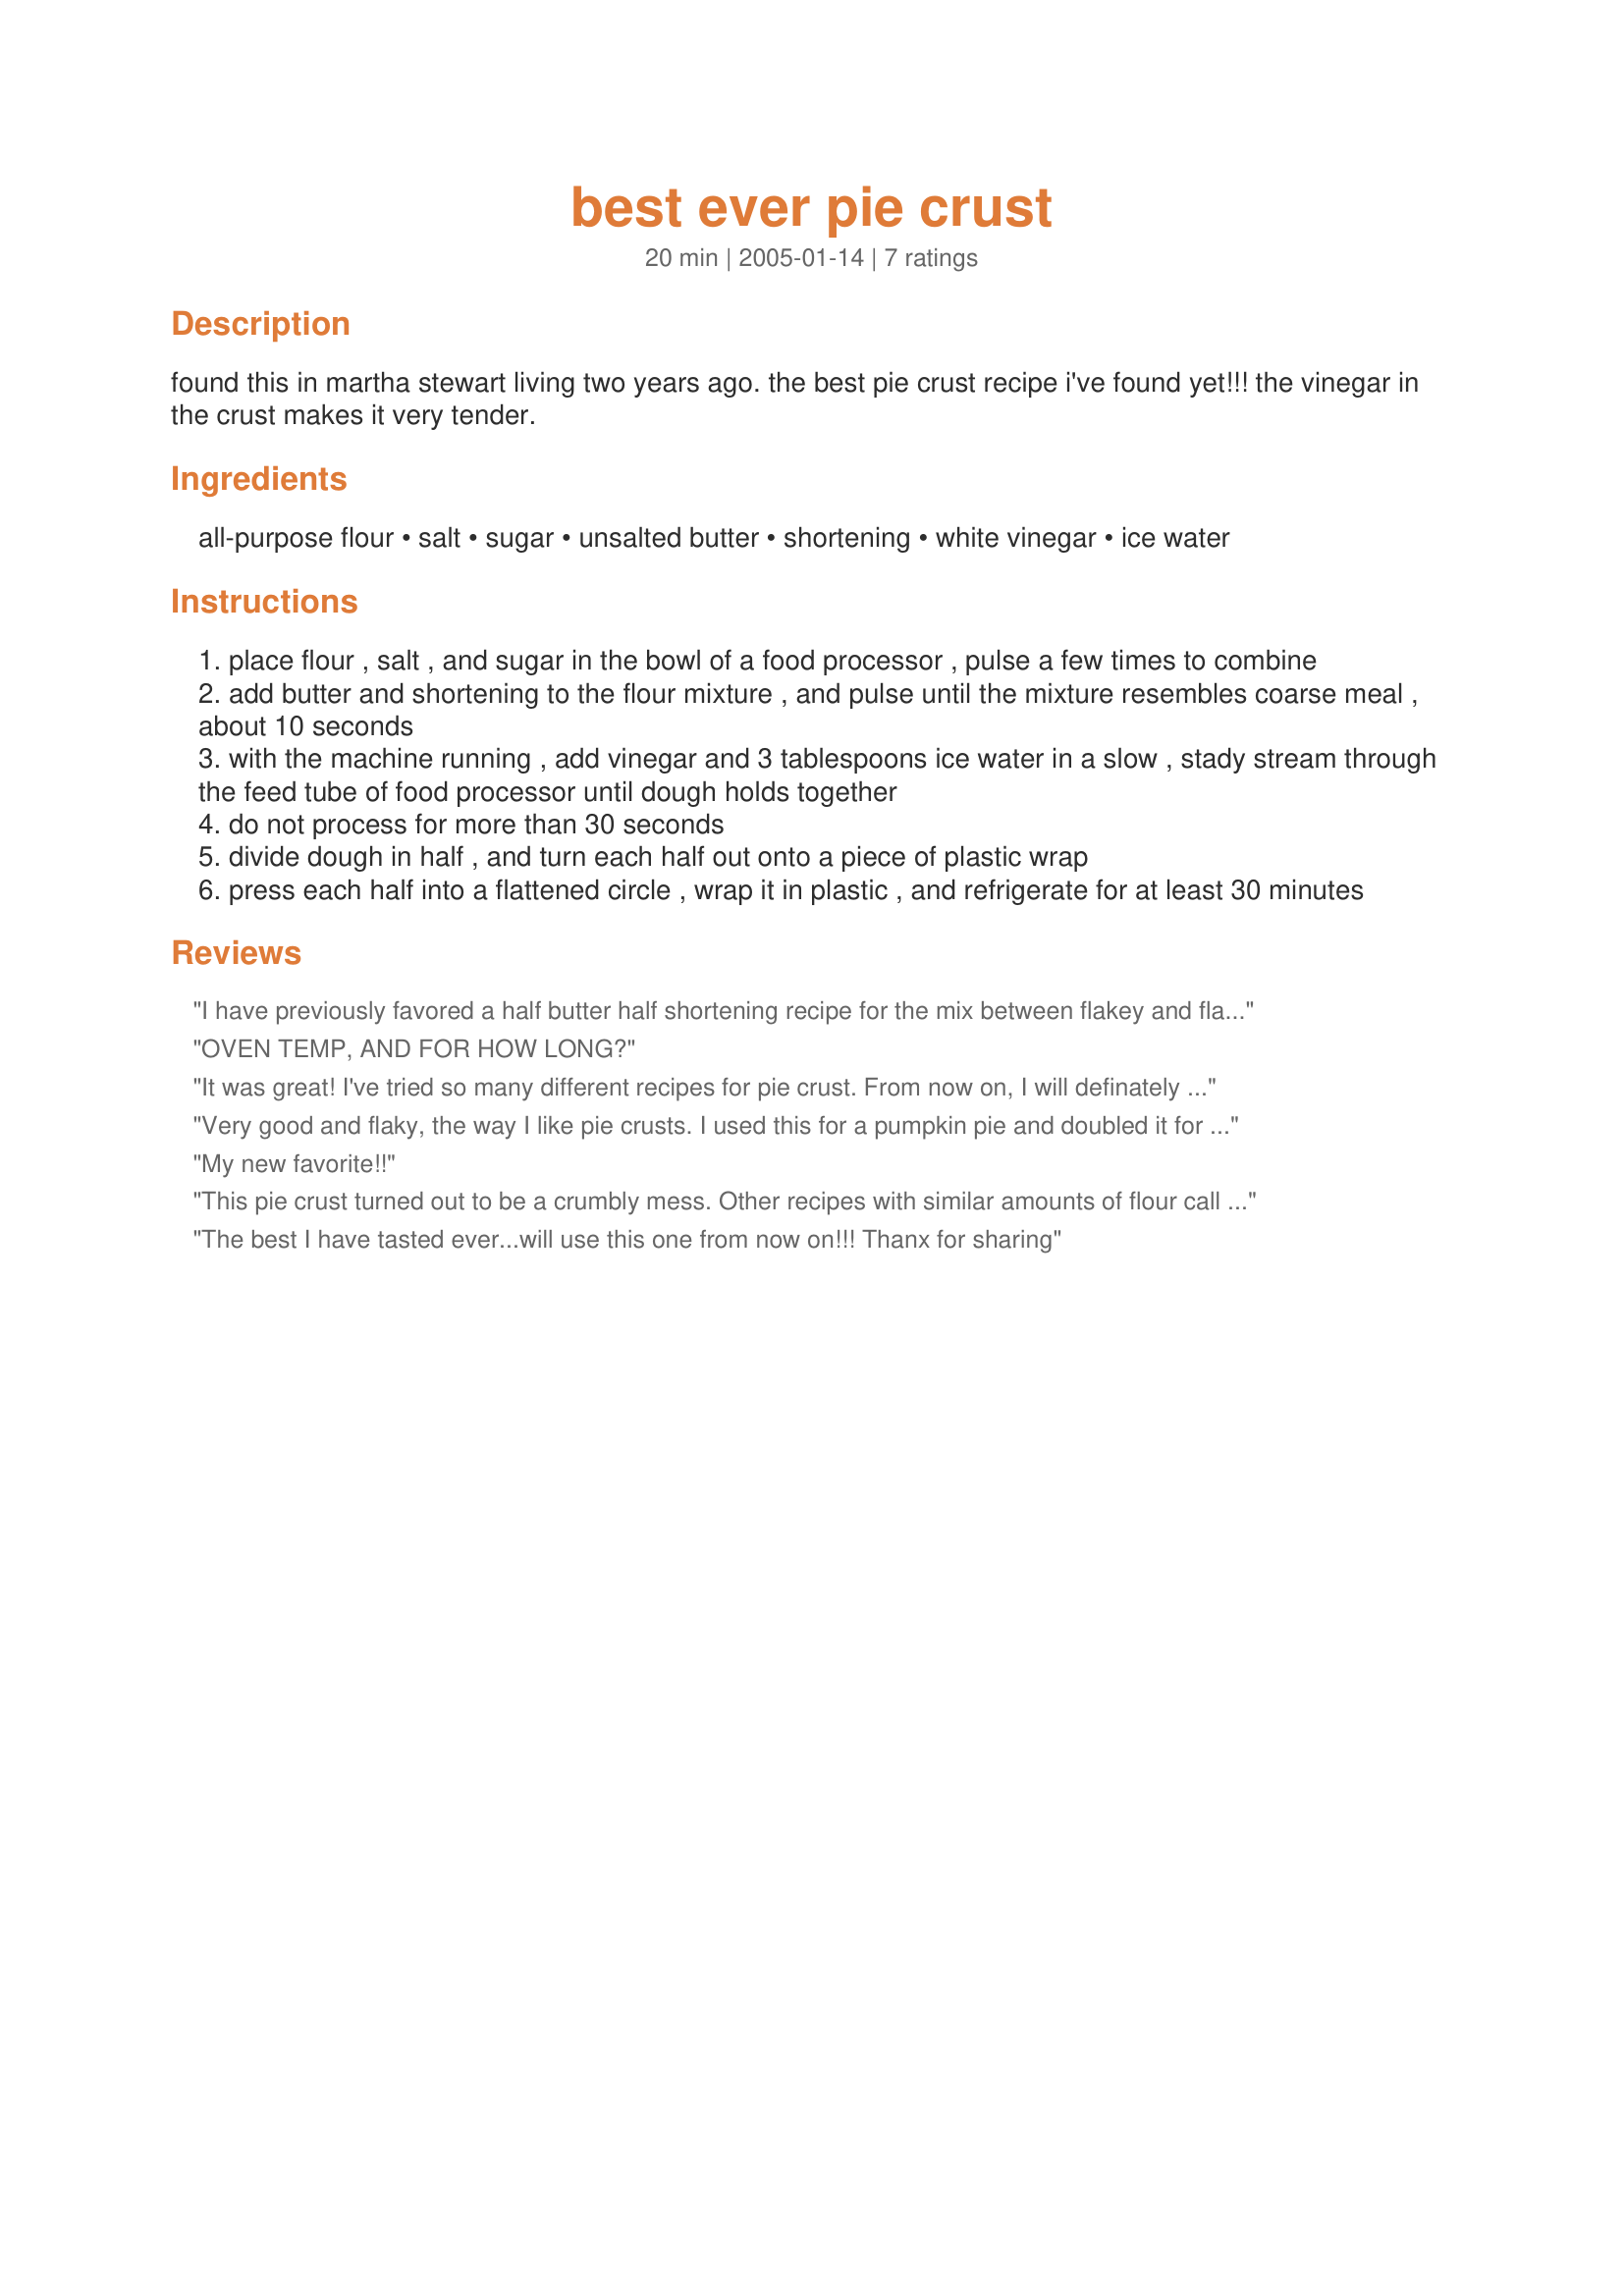
best ever pie crust
Preparation time: 20 minutes

found this in martha stewart living two years ago. the best pie crust recipe i've found yet!!! the vinegar in the crust makes it very tender.

Ingredients:
all-purpose flour, salt, sugar, unsalted butter, shortening, white vinegar, ice water

Steps:
place flour , salt , and sugar in the bowl of a food processor , pulse a few times to combine
add butter and shortening to the flour mixture , and pulse until the mixture resembles coarse meal , about 10 seconds
with the machine running , add vinegar and 3 tablespoons ice water in a slow , stady stream through the feed tube of food processor until dough holds together
do not process for more than 30 seconds
divide dough in half , and turn each half out onto a piece of plastic wrap
press each half into a flattened circle , wrap it in plastic , and refrigerate for at least 30 minutes

Reviews:
I have previously favored a half butter half shortening recipe for the mix between flakey and flavor, but I now think this is the better recipe. You could really taste the butter with no sacrifice in flakes! We used this recipe for Pumpkin Praline Pie #3567 on Thanksgiving and then for the top of the Chicken (Turkey) Pot Pie recipe #145902 that we made with leftovers. Worked flawlessly in both recipes. REMEMBER TO CHILL THE BUTTER AND THE SHORTENING. It is critical ;-) This is our new family pie crust recipe.
OVEN TEMP, AND FOR HOW LONG?
It was great! I've tried so many different recipes for pie crust. From now on, I will definately stick with this one. My husband just loved it so much! He thinks this is the bet crust. Thank you!
Very good and flaky, the way I like pie crusts. I used this for a pumpkin pie and doubled it for a bunch of turkey pot pies (Thanksgiving leftovers). On one batch, I neglected to use chilled shortening which is a mistake... it's amazing how important it is to chill the butter and shortening!

My new favorite!!
This pie crust turned out to be a crumbly mess. Other recipes with similar amounts of flour call for twice as much water. There's no way it could be rolled out without letting it warm up a lot first which other recipes tell you you shouldn't do because then the butter has melted into the pasty and it won't be flaky. Even when it did warm up, the crust just kept falling apart. Bit of a disaster after spending all of that time trying to make a pie.
The best I have tasted ever...will use this one from now on!!! Thanx for sharing
